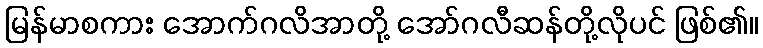
မြန်မာစကား အောက်ဂလိအာတို့ အော်ဂလီဆန်တို့လိုပင် ဖြစ်၏။